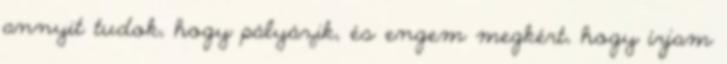
annyit tudok, hogy pályázik, és engem megkért, hogy írjam